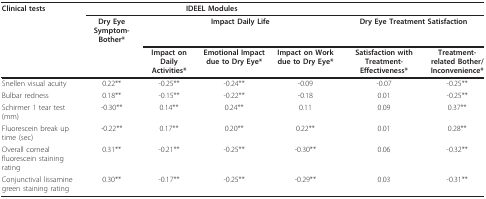
<table><thead><tr><td><b>Clinical tests</b></td><td colspan="4"><b>IDEEL Modules</b></td><td></td><td></td></tr><tr><td></td><td><b>Dry Eye Symptom-Bother*</b></td><td colspan="3"><b>Impact Daily Life</b></td><td colspan="2"><b>Dry Eye Treatment Satisfaction</b></td></tr><tr><td></td><td></td><td><b>Impact on Daily Activities*</b></td><td><b>Emotional Impact due to Dry Eye*</b></td><td><b>Impact on Work due to Dry Eye*</b></td><td><b>Satisfaction with Treatment-Effectiveness*</b></td><td><b>Treatment-related Bother/Inconvenience*</b></td></tr></thead><tbody><tr><td>Snellen visual acuity</td><td>0.22**</td><td>-0.25**</td><td>-0.24**</td><td>-0.09</td><td>-0.07</td><td>-0.25**</td></tr><tr><td>Bulbar redness</td><td>0.18**</td><td>-0.15**</td><td>-0.22**</td><td>-0.18</td><td>0.01</td><td>-0.25**</td></tr><tr><td>Schirmer 1 tear test (mm)</td><td>-0.30**</td><td>0.14**</td><td>0.24**</td><td>0.11</td><td>0.09</td><td>0.37**</td></tr><tr><td>Fluorescein break up time (sec)</td><td>-0.22**</td><td>0.17**</td><td>0.20**</td><td>0.22**</td><td>0.01</td><td>0.28**</td></tr><tr><td>Overall corneal fluorescein staining rating</td><td>0.31**</td><td>-0.21**</td><td>-0.25**</td><td>-0.30**</td><td>0.06</td><td>-0.32**</td></tr><tr><td>Conjunctival lissamine green staining rating</td><td>0.30**</td><td>-0.17**</td><td>-0.25**</td><td>-0.29**</td><td>0.03</td><td>-0.31**</td></tr></tbody></table>